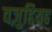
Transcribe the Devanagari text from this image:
वज़ुद्दियह